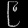
Digit: ၉